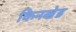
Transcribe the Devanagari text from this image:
किनखेड